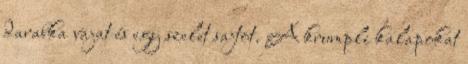
darabka vajat és egy szelet sajtot. A krumpli kalapokat